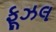
ફૂઝલ